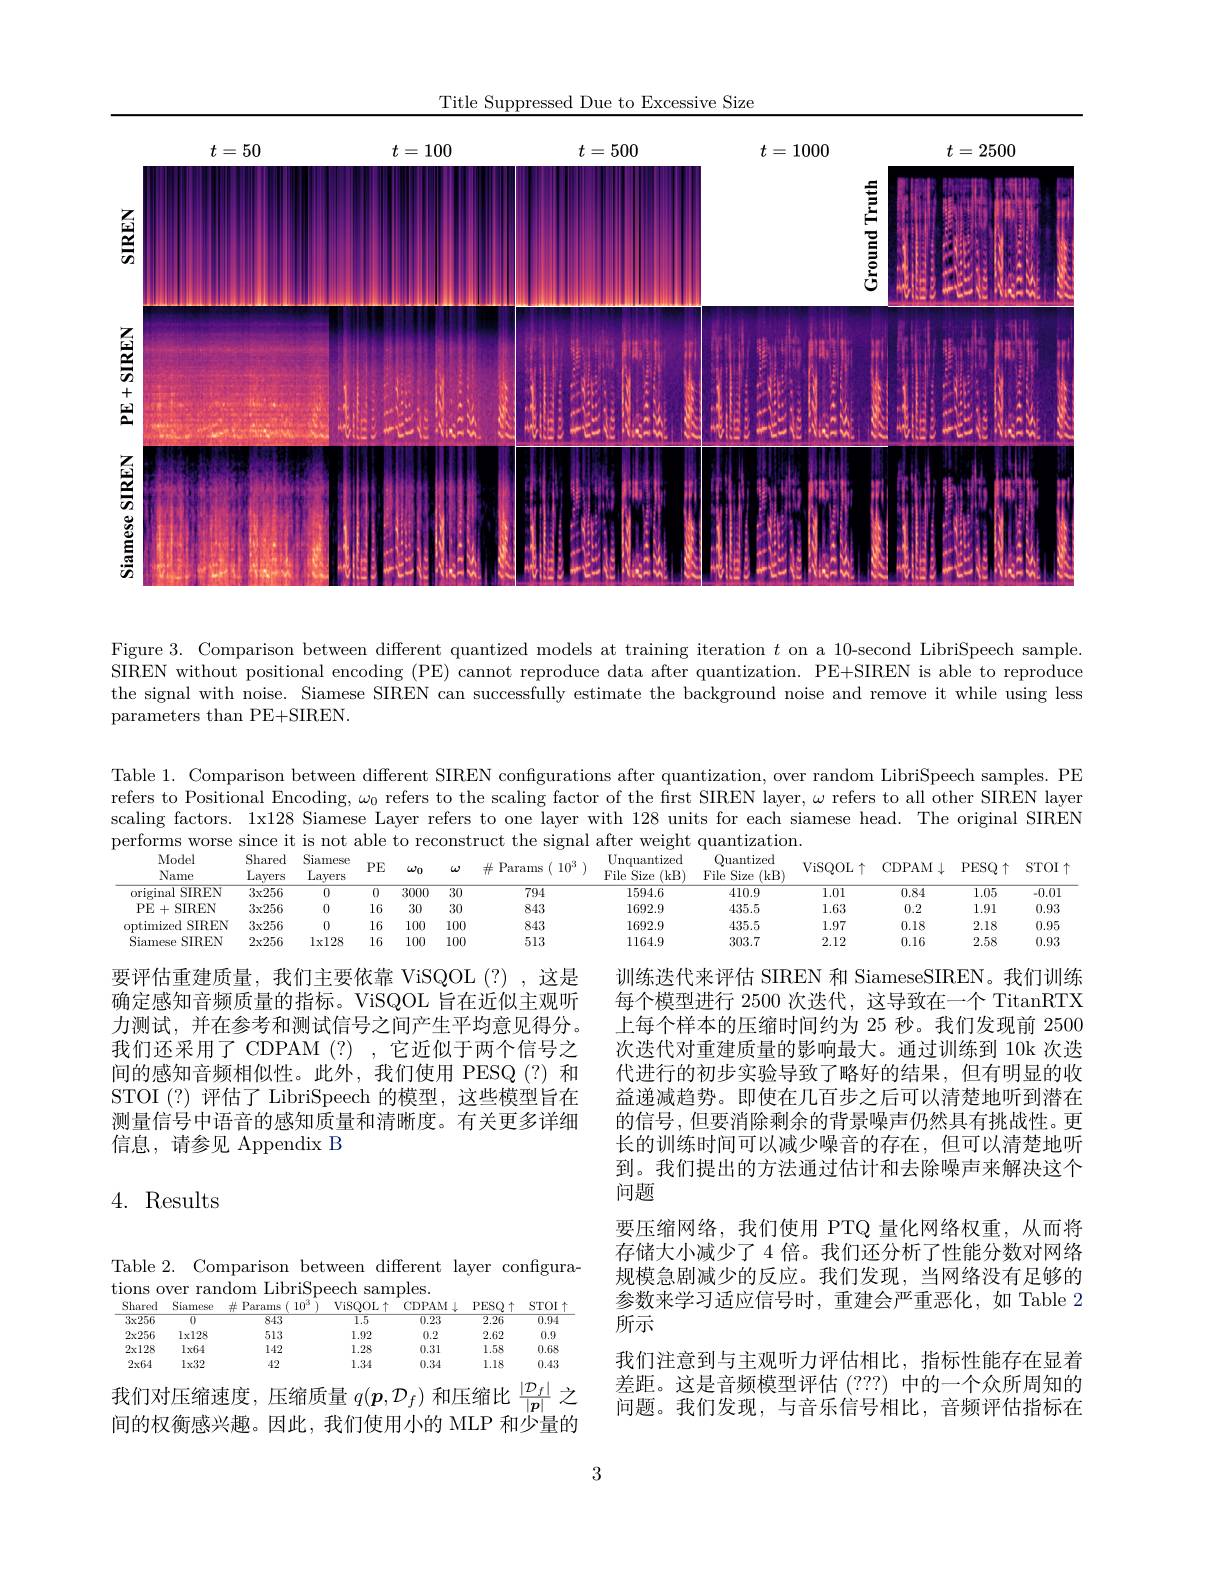
Title Suppressed Due to Excessive Size
<FigureHere>

Figure 3. Comparison between different quantized models at training iteration $t$ on a 10-second LibriSpeech sample. $\tilde{\text{SIREN without positional encoding (PE) cannot reproduce data after quantization. PE+SIREN is able to reproduce}}$ the signal with noise. Siamese SIREN can successfully estimate the background noise and remove it while using less parameters than PE+SIREN.

Table 1. Comparison between different SIREN confgurations after quantization, over random LibriSpeech samples. PE refers to Positional Encoding, $\omega_0$ refers to the scaling factor of the first SIREN layer, $\omega$ refers to all other SIREN layer scaling factors. 1x128 Siamese Layer refers to one layer with 128 units for each siamese head. The original SIREN
<table>
	<tbody>
		<tr>
			<th>Model Name</th>
			<th>Shared Layers</th>
			<th>Siamese Layers</th>
			<th>$PE$</th>
			<th>$\omega_{0}$ $L$</th>
			<th>$\#$ Parar</th>
			<th>Unquantized File Size (kB) </th>
			<th>Quantized File Size (kB</th>
			<th>ViSQOL$\uparrow$</th>
			<th>CDPAM $\downarrow$</th>
			<th>PESQ$\uparrow$</th>
			<th>S</th>
		</tr>
		<tr>
			<td>original SIREN</td>
			<td>$3x256$</td>
			<td>0</td>
			<td>0</td>
			<td>000 3</td>
			<td>7</td>
			<td>1594.6</td>
			<td>410.9</td>
			<td>1.01</td>
			<td>0.84</td>
			<td>1.05</td>
			<td> </td>
		</tr>
		<tr>
			<td>PE+SIREN</td>
			<td>$3x256$</td>
			<td>0</td>
			<td>16</td>
			<td>30 3</td>
			<td>8</td>
			<td>1692.9</td>
			<td>435.5</td>
			<td>1.63</td>
			<td>0.2</td>
			<td>1.91</td>
			<td> </td>
		</tr>
		<tr>
			<td>optimized SIREN</td>
			<td>$3x256$</td>
			<td>0</td>
			<td>16</td>
			<td>ll .00</td>
			<td>8</td>
			<td>1692.9</td>
			<td>435.5</td>
			<td>1.97</td>
			<td>0.18</td>
			<td>2.18</td>
			<td> </td>
		</tr>
		<tr>
			<td>Siamese SIREN</td>
			<td>2x256</td>
			<td>$1x128$</td>
			<td>16</td>
			<td>.00 ll</td>
			<td>5</td>
			<td>1164.9</td>
			<td>303.7</td>
			<td>2.12</td>
			<td>0.16</td>
			<td>2.58</td>
			<td> </td>
		</tr>
	</tbody>
</table>

要评估重建质量，我们主要依靠 ViSQOL(?),这是确定感知音频质量的指标。ViSQOL 旨在近似主观听力测试，并在参考和测试信号之间产生平均意见得分。我们还采用了 CDPAM (?) ,它近似于两个信号之间的感知音频相似性。此外，我们使用 PESQ(?)和STOI (?)评估了 LibriSpeech 的模型，这些模型旨在测量信号中语音的感知质量和清晰度。有关更多详细信息，请参见 Appendix B

训练迭代来评估 SIREN 和 SiameseSIREN。我们训练每个模型进行 2500 次迭代，这导致在一个 TitanRTX 上每个样本的压缩时间约为 25 秒。我们发现前 2500次迭代对重建质量的影响最大。通过训练到 10k 次迭代进行的初步实验导致了略好的结果，但有明显的收益递减趋势。即使在几百步之后可以清楚地听到潜在的信号，但要消除剩余的背景噪声仍然具有挑战性。更长的训练时间可以减少噪音的存在，但可以清楚地听到。我们提出的方法通过估计和去除噪声来解决这个问题
要压缩网络，我们使用 PTQ 量化网络权重，从而将存储大小减少了 4 倍。我们还分析了性能分数对网络规模急剧减少的反应。我们发现，当网络没有足够的参数来学习适应信号时，重建会严重恶化，如 Table 2所示
我们注意到与主观听力评估相比，指标性能存在显着差距。这是音频模型评估 (???) 中的一个众所周知的问题。我们发现，与音乐信号相比，音频评估指标在

# 4. Results

Table 2. Comparison between different layer configura-
tions over random LibriSpeech samples.
<table>
	<tbody>
		<tr>
			<th>$\overline{3x256}$</th>
			<th>$\overline{0}$</th>
			<th>843</th>
			<th>1.5</th>
			<th>$\overline{0.23}$</th>
			<th>$\overline{2.26}$</th>
			<th>$\overline{0.94}$</th>
		</tr>
		<tr>
			<td>$2x256$</td>
			<td>$\log28$</td>
			<td>513</td>
			<td>1.92</td>
			<td>0.2</td>
			<td>2.62</td>
			<td>0.9</td>
		</tr>
		<tr>
			<td>$2x128$</td>
			<td>$1x64$</td>
			<td>142</td>
			<td>1.28</td>
			<td>0.31</td>
			<td>1.58</td>
			<td>0.68</td>
		</tr>
		<tr>
			<td>$2x64$</td>
			<td>$1x32$</td>
			<td>42</td>
			<td>1.34</td>
			<td>0.34</td>
			<td>1.18</td>
			<td>0.43</td>
		</tr>
	</tbody>
</table>

我们对压缩速度，压缩质量$q(\boldsymbol{p},\mathcal{D}_f)$和压缩比$\frac|\mathcal{D}_f|$之间的权衡感兴趣。因此，我们使用小的 MLP 和少量的

3